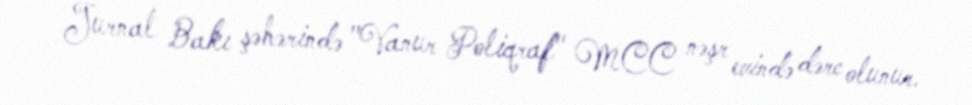
Jurnal Bakı şəhərində "Vanur Poliqraf" MCC nəşr evində dərc olunur.